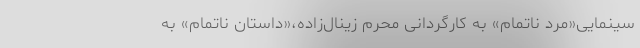
سینمایی«مرد ناتمام» به کارگردانی محرم زینال‌زاده،«داستان ناتمام» به